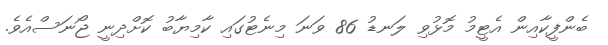
ބެންފީކާއިން އެޓީމު މޮޅުވި ލަނޑު 86 ވަނަ މިނެޓުގައި ކާމިޔާބު ކޮށްދިނީ ޖޯނަސްއެވެ.